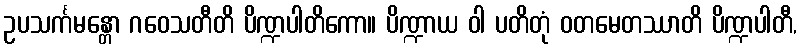
ဥပသင်္ကမန္တော ဂဝေသတီတိ ပိဏ္ဍပါတိကော။ ပိဏ္ဍာယ ဝါ ပတိတုံ ဝတမေတဿာတိ ပိဏ္ဍပါတီ,